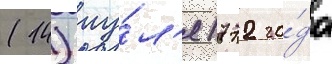
(14) иу́л'я 1772 го́да